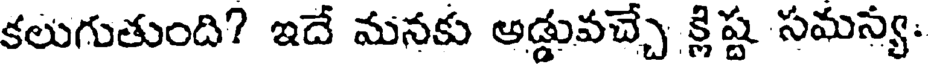
కలుగుతుంది? ఇదే మనకు అడ్డువచ్చే క్లిష్ట సమన్య: